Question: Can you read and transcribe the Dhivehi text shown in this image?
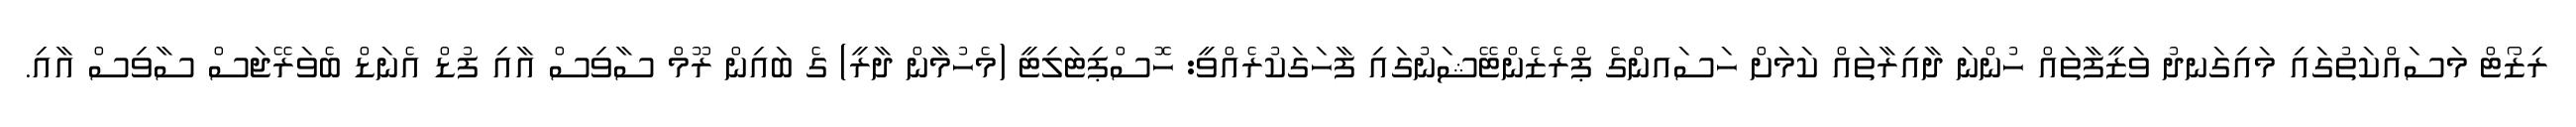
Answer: ރިޒޯޓް މަސައްކަތުގައި މައިގަނދު ވަޒީފާތައް ހުންނަ ދާއިރާތައް ކަމަށް ހަސައންގެ ޕްރެޒެންޓޭޝަނުގައި ފާހަގަކުރެއްވީ: ހޮސްޕިޓަލިޓީ (މެހުމާން ދާރީ) ގެ ބައިން ރޫމް ސާވިސް އާއި ފުޑް އެނަޑް ބެވަރޭޖަސް ސާވިސް އާއި.